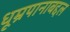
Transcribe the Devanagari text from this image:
धूम्रपानाबद्दल